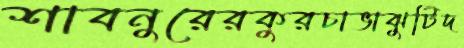
শাবনুরেরকুরচাভাঝুটিদ